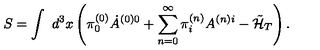
S = \int \ d ^ { 3 } x \left( \pi _ { 0 } ^ { ( 0 ) } \dot { A } ^ { ( 0 ) 0 } + \sum _ { n = 0 } ^ { \infty } \pi _ { i } ^ { ( n ) } A ^ { ( n ) i } - \tilde { \cal H } _ { T } \right) .